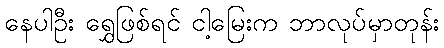
နေပါဦး ရွှေဖြစ်ရင် ငါ့မြေးက ဘာလုပ်မှာတုန်း